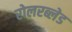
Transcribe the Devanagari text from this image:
रोलरब्लेड